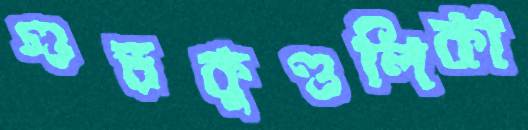
গুড়কুণ্ডলিকা